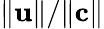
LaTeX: \| \mathbf{u}\| /\| \mathbf{c}\|